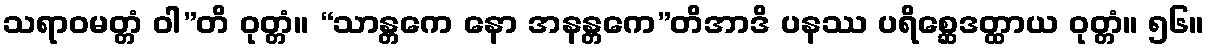
သရာဝမတ္တံ ဝါ”တိ ဝုတ္တံ။ “သာန္တကေ နော အနန္တကေ”တိအာဒိ ပနဿ ပရိစ္ဆေဒတ္ထာယ ဝုတ္တံ။ ၅၆။